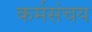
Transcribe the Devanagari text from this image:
कर्मसंचय